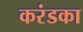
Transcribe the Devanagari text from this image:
करंडका